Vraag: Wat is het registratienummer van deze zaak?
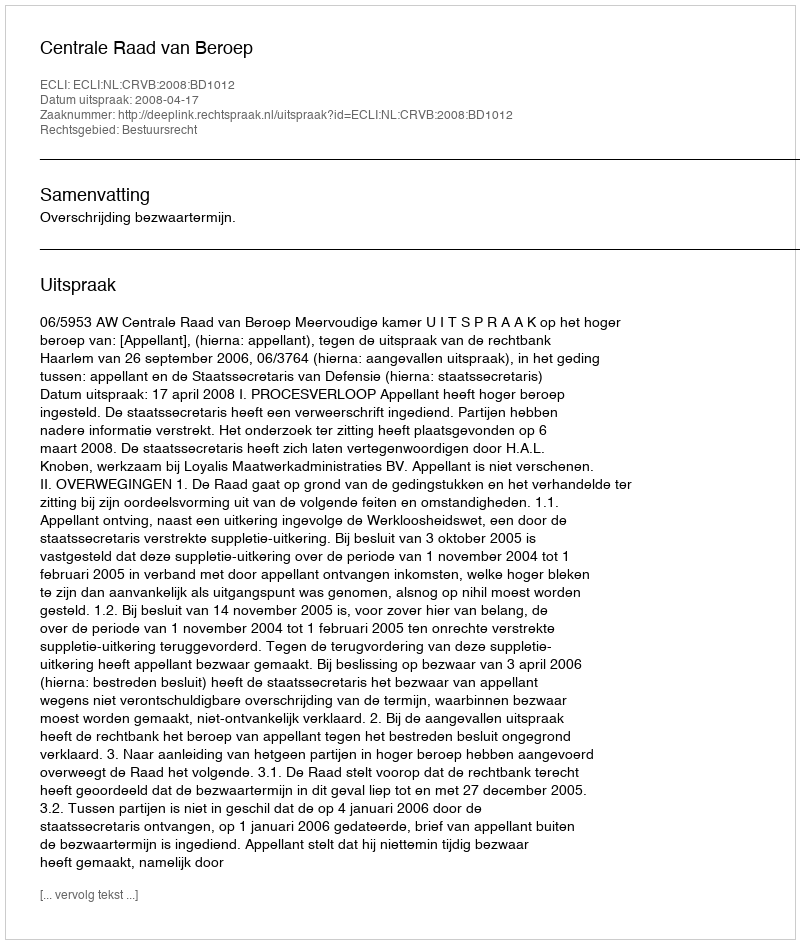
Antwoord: http://deeplink.rechtspraak.nl/uitspraak?id=ECLI:NL:CRVB:2008:BD1012